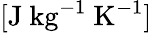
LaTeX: [\mathrm{J~kg^{-1}~K^{-1}}]